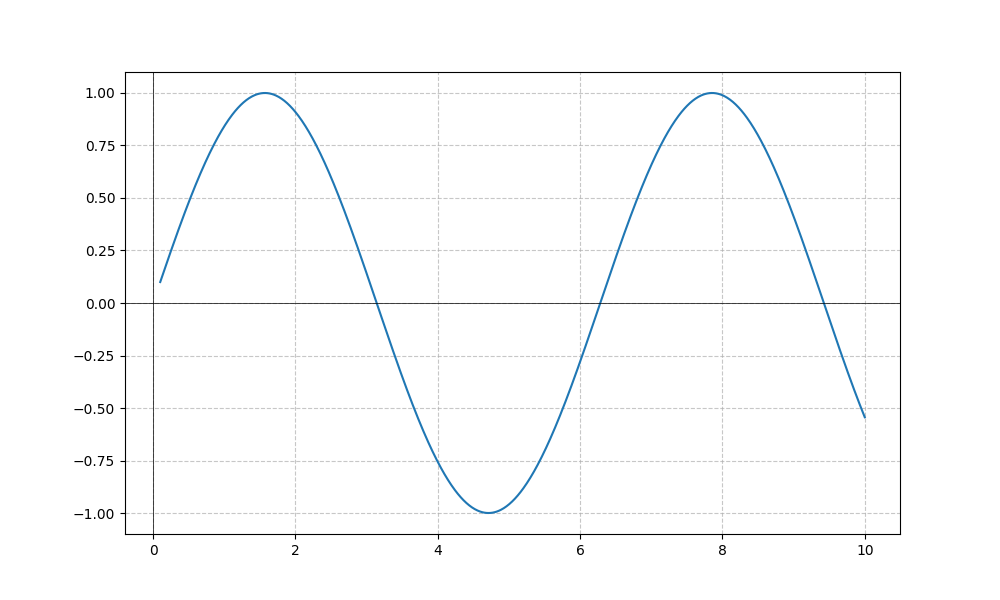
LaTeX formula: \sin{\left(x \right)}